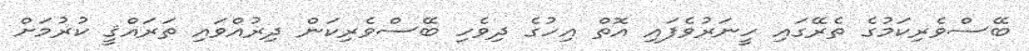
ބޭސްވެރިކަމުގެ ތެރޭގައި ހީނަރުވެފައި އޮތް އިހުގެ ދިވެހި ބޭސްވެރިކަން ދިރުއްވައި ތަރައްޤީ ކުރުމަށް